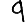
Digit: 9